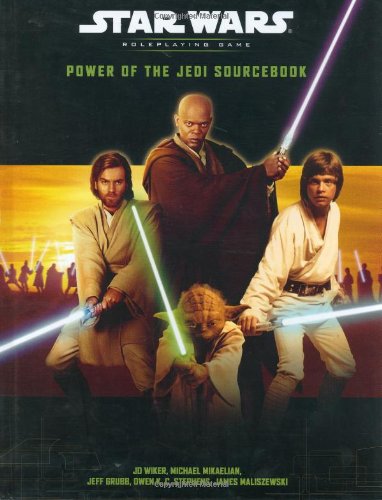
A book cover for Power of the Jedi Sourcebook (Star Wars Roleplaying Game); J.D. Wiker; Science Fiction & Fantasy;